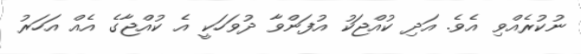
ނުކުރެއްވި އެވެ. އަދި ކުއްޖަކު އުފަންވާ ދުވަހަކީ އެ ކުއްޖާގެ އެއް އަހަރު